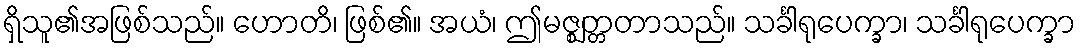
ရှိသူ၏အဖြစ်သည်။ ဟောတိ၊ ဖြစ်၏။ အယံ၊ ဤမဇ္ဈတ္တတာသည်။ သင်္ခါရုပေက္ခာ၊ သင်္ခါရုပေက္ခာ